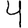
Digit: 4